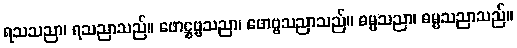
ရသသညာ၊ ရသညာသည်။ ဖောဋ္ဌဗ္ဗသညာ၊ ဖောဗ္ဗသညာသည်။ ဓမ္မသညာ၊ ဓမ္မသညာသည်။